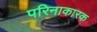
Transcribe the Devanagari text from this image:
परिनाकारक